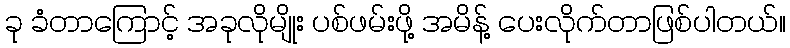
ခု ခံတာကြောင့် အခုလိုမျိုး ပစ်ဖမ်းဖို့ အမိန့် ပေးလိုက်တာဖြစ်ပါတယ်။